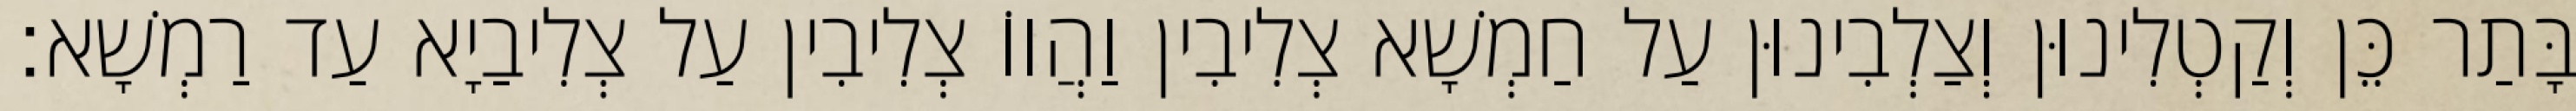
בָּתַר כֵּן וְקַטְלִינוּן וְצַלְבִינוּן עַל חַמְשָׁא צְלִיבִין וַהֲווֹ צְלִיבִין עַל צְלִיבַיָא עַד רַמְשָׁא׃